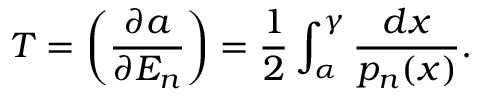
T = \left( \frac { \partial a } { \partial E _ { n } } \right) = \frac { 1 } { 2 } \int _ { \alpha } ^ { \gamma } \frac { d x } { p _ { n } ( x ) } .